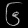
Digit: ၆